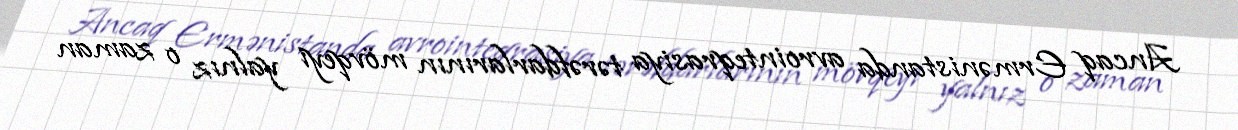
Ancaq Ermənistanda avrointeqrasiya tərəfdarlarının mövqeyi yalnız o zaman